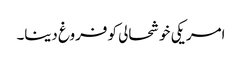
امریکی خوشحالی کو فروغ دینا۔